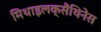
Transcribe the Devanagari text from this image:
मिथाइलक्सैंथिनेस